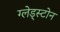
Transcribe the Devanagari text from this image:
ग्लेड्स्टोन